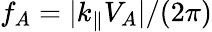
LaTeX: f_{A}=|k_{\parallel}V_{A}|/(2\pi)